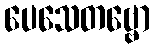
ပေသေတဗ္ဗော